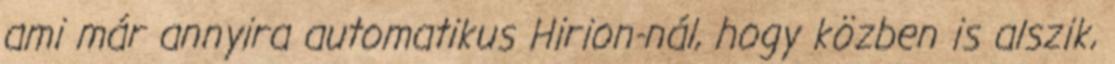
ami már annyira automatikus Hirion-nál, hogy közben is alszik,